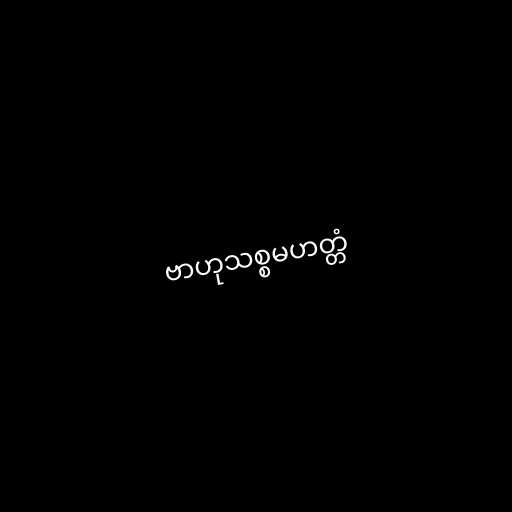
ဗာဟုသစ္စမဟတ္တံ